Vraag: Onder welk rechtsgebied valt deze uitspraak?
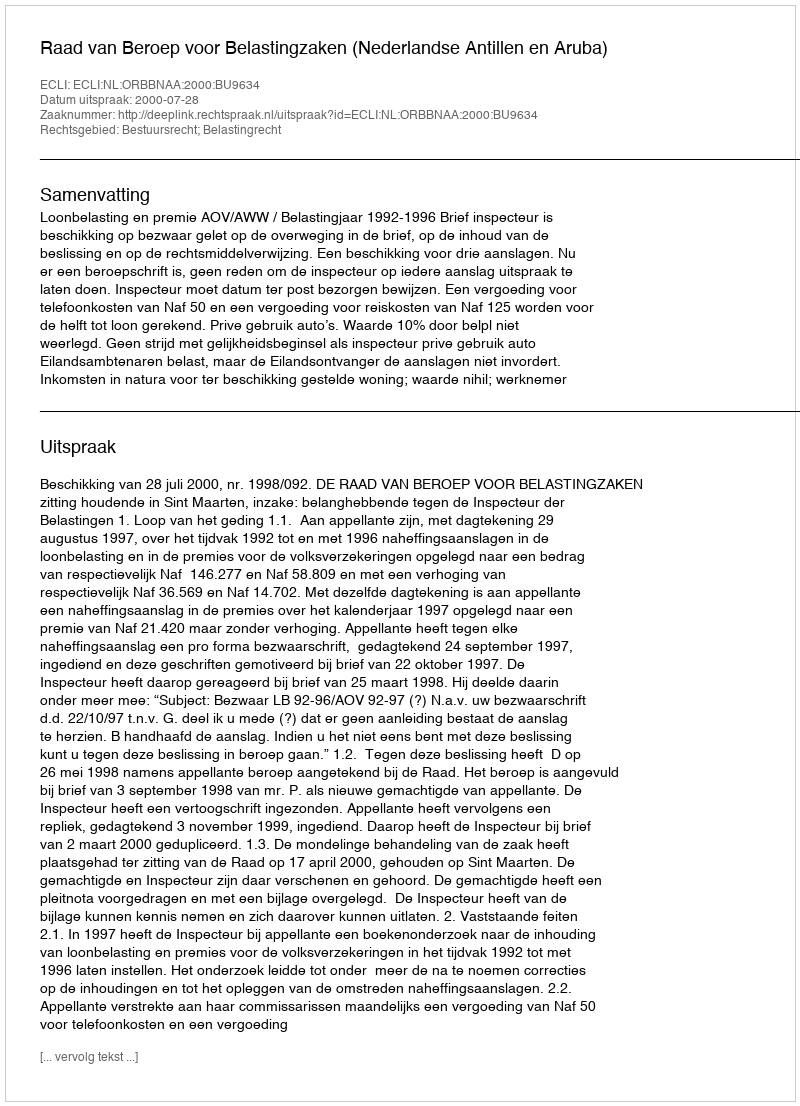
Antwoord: Bestuursrecht; Belastingrecht